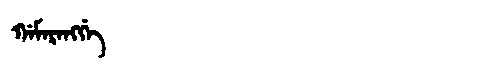
Manchu: ᡤᠠᠮᠠᡵᠠᠩᡤᡝ
Romanization: GAMARANGGE